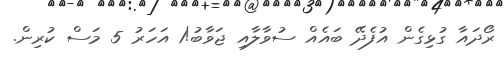
ރޯދައާ ގުޅިގެން އުފެދޭ ބައެއް ސުވާލާއި ޖަވާބު!1 އަހަރު 5 މަސް ކުރިން.